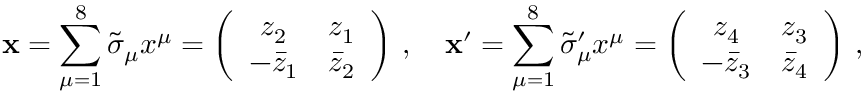
\mathbf { x } = \sum _ { \mu = 1 } ^ { 8 } \tilde { \sigma } _ { \mu } x ^ { \mu } = \left( \begin{array} { c c } { { z _ { 2 } } } & { { z _ { 1 } } } \\ { { - \bar { z } _ { 1 } } } & { { \bar { z } _ { 2 } } } \end{array} \right) \, , \quad \mathbf { x } ^ { \prime } = \sum _ { \mu = 1 } ^ { 8 } \tilde { \sigma } _ { \mu } ^ { \prime } x ^ { \mu } = \left( \begin{array} { c c } { { z _ { 4 } } } & { { z _ { 3 } } } \\ { { - \bar { z } _ { 3 } } } & { { \bar { z } _ { 4 } } } \end{array} \right) \, ,